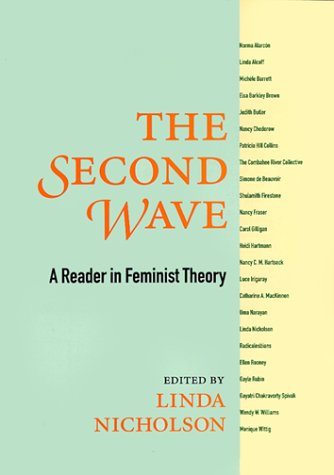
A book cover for The Second Wave: A Reader in Feminist Theory; Gay & Lesbian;